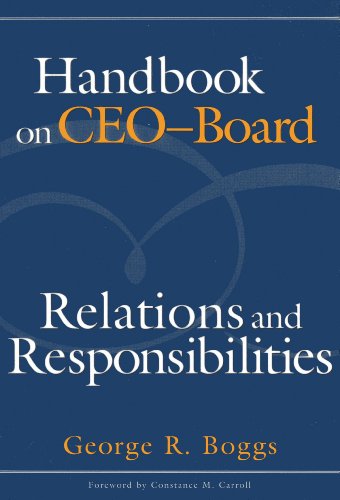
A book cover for Handbook on CEO-Board Relations and Responsibilities; George R. Boggs; Education & Teaching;